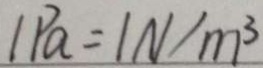
1 P a = 1 N / m ^ { 3 }